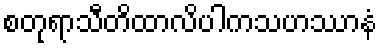
စတုရာသီတိထာလိပါကသဟဿာနံ